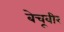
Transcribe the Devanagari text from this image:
बेचूवीर